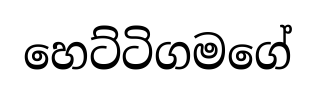
හෙට්ටිගමගේ